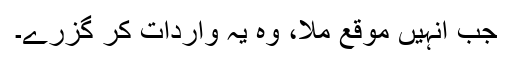
جب انہیں موقع ملا، وہ یہ واردات کر گزرے۔